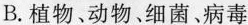
B.植物、动物、细菌、病毒